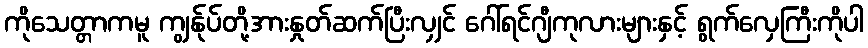
ကိုသေတ္တာကမူ ကျွန်ုပ်တို့အားနှုတ်ဆက်ပြီးလျှင် ဂေါ်ရင်ဂျီကုလားများနှင့် ရွက်လှေကြီးကိုပါ